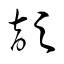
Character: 頡